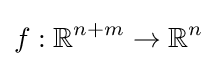
f:\mathbb {R} ^{n+m}\to \mathbb {R} ^{n}